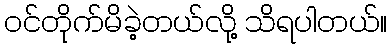
ဝင်တိုက်မိခဲ့တယ်လို့ သိရပါတယ်။